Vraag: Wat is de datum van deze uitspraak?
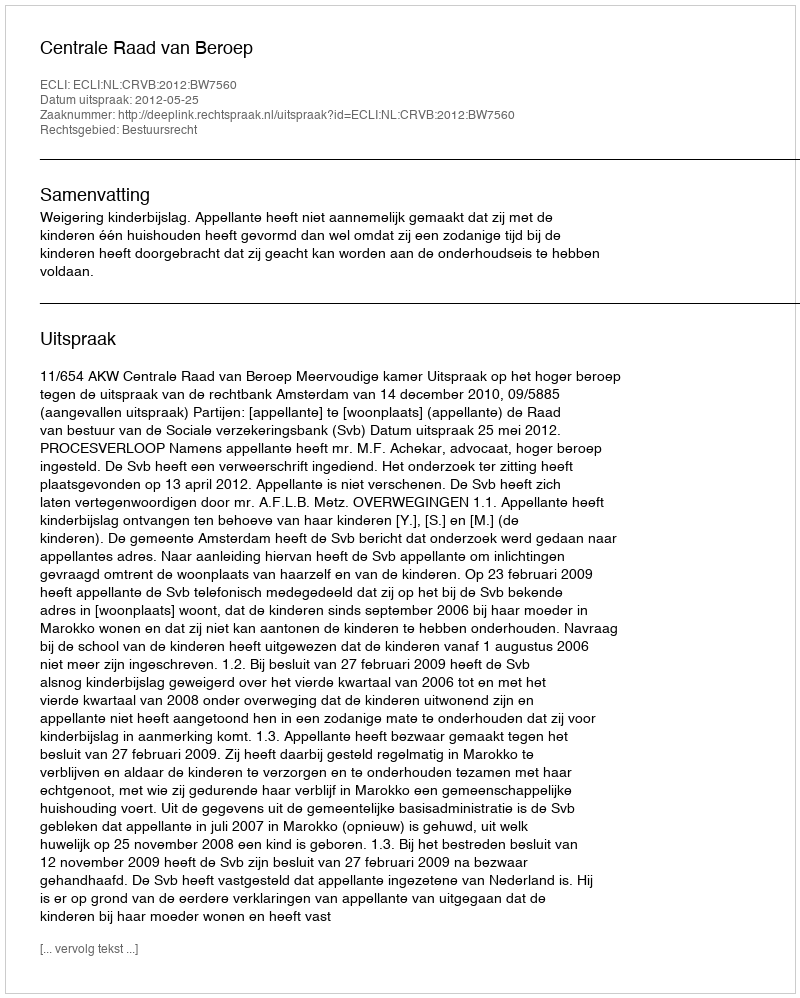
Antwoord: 2012-05-25